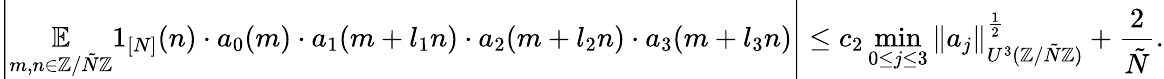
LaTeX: \left|\underset{m,n\in\mathbb{Z}/\tilde{N}\mathbb{Z}}{\mathbb{E}}1_{[N]}(n)\cdot a_{0}(m)\cdot a_{1}(m+l_{1}n)\cdot a_{2}(m+l_{2}n)\cdot a_{3}(m+l_{3}n)\right|\leq c_{2}\operatorname*{min}_{0\leq j\leq 3}\| a_{j}\| _{U^{3}(\mathbb{Z}/\tilde{N}\mathbb{Z})}^{\frac{1}{2}}+\frac{2}{\tilde{N}}.